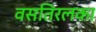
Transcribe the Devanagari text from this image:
वसतिरलका